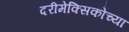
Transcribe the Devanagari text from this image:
दरीमेक्सिकोच्या